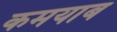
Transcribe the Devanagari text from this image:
कमयाब